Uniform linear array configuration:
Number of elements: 4
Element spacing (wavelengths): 0.75
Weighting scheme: hann
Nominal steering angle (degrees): -30
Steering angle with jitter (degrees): -31.615
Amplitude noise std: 0.05
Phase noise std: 0.05

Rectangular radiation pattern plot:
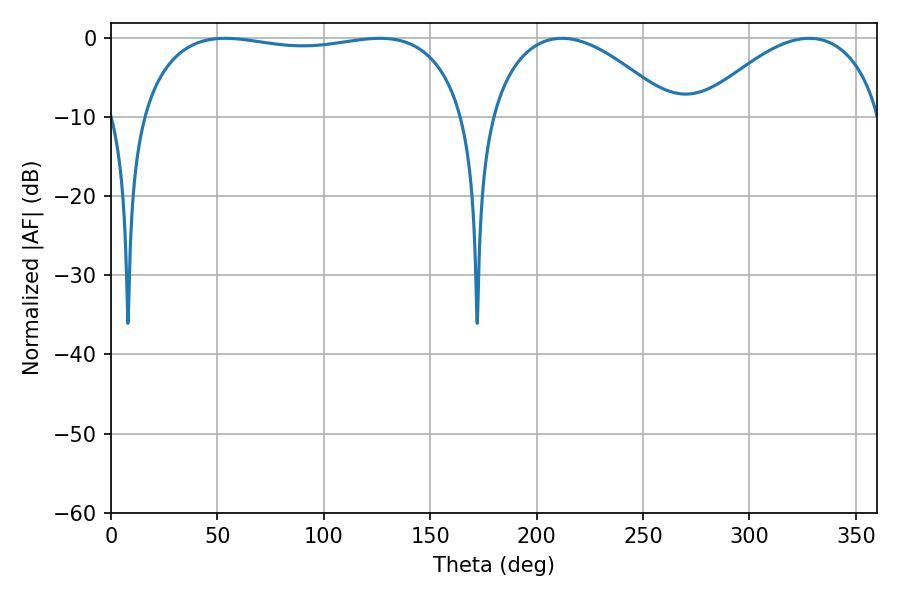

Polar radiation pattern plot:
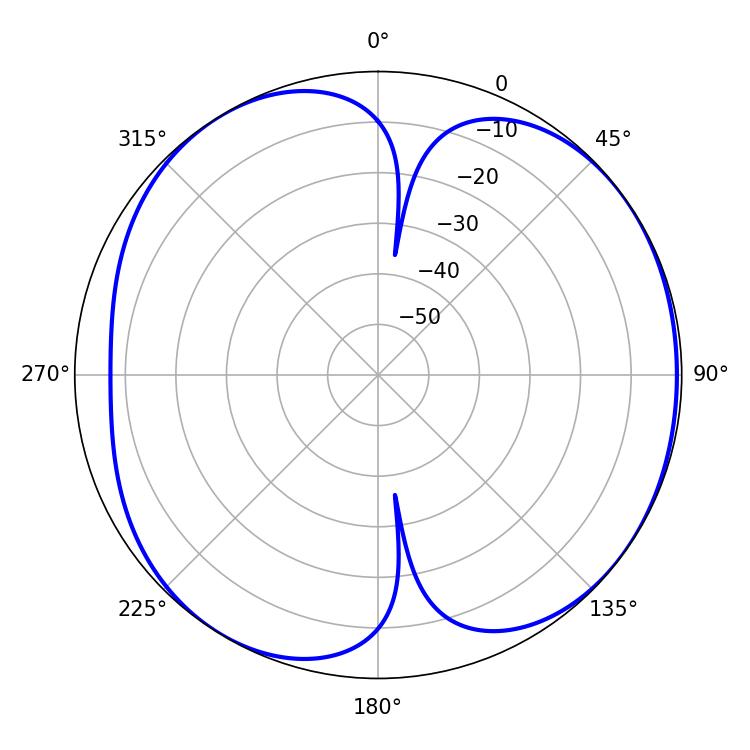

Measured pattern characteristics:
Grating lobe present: TRUE
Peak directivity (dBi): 5.714
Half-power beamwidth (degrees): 123.48
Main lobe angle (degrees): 53.64